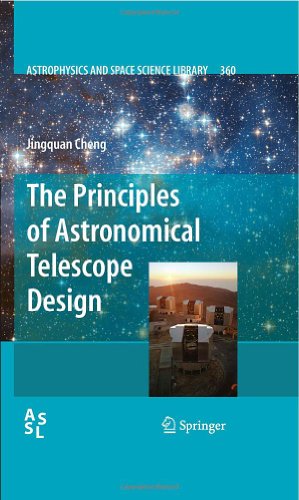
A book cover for The Principles of Astronomical Telescope Design (Astrophysics and Space Science Library); Cheng Jingquan; Science & Math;